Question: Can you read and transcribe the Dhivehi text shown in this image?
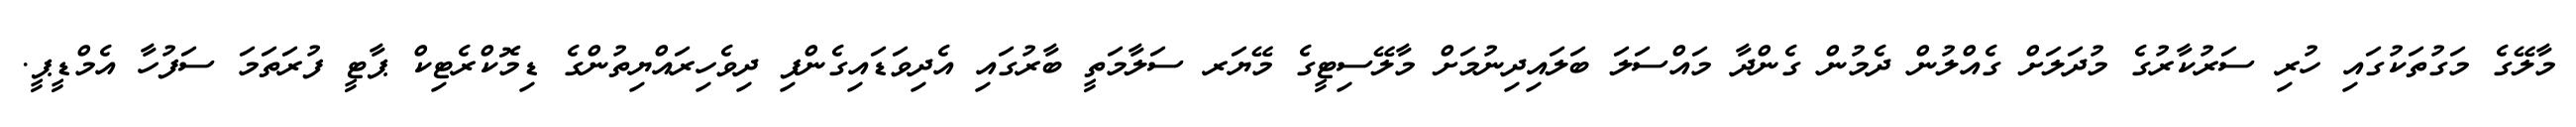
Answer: މާލޭގެ މަގުތަކުގައި ހުރި ސަރުކާރުގެ މުދަލަށް ގެއްލުން ދެމުން ގެންދާ މައްސަލަ ބަލައިދިނުމަށް މާލޭސިޓީގެ މޭޔަރ ސަލާމަތީ ބާރުގައި އެދިވަޑައިގެންފި ދިވެހިރައްޔިތުންގެ ޑިމޮކްރެޓިކް ޕާޓީ ފުރަތަމަ ސަފުހާ އެމްޑީޕީ.